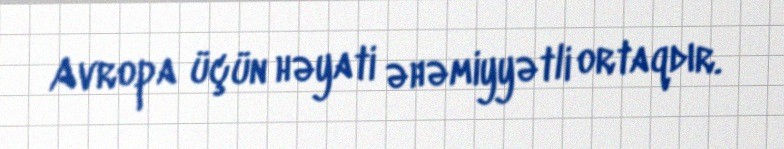
Avropa üçün həyati əhəmiyyətli ortaqdır.